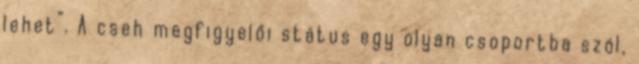
lehet“. A cseh megfigyelői státus egy olyan csoportba szól,